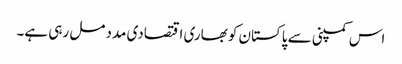
اس کمپنی سے پاکستان کو بھاری اقتصادی مدد مل رہی ہے۔